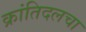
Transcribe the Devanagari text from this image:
क्रांतिदलचा